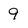
Character: 9